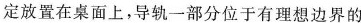
定放置在桌面上，导轨一部分位于有理想边界的